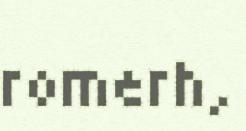
romerh,